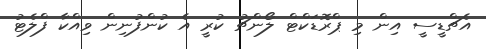
އެޗްޑީސީ އިން މި ޕްރޮޑަކްޓް ލޯންޗު ކުރީ އެ ކުންފުނިން ވިއްކާ ފްލެޓު